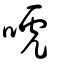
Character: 唬